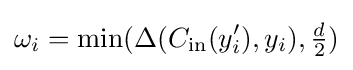
\omega _{i}=\min(\Delta (C_{\text{in}}(y_{i}'),y_{i}),{\tfrac {d}{2}})